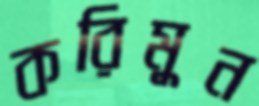
করিমুন